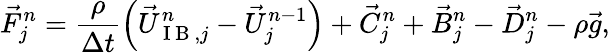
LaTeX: \vec{F}_{j}^{n}=\frac{\rho}{\Delta t}\left(\vec{U}_{\mathrm{~I~B~},j}^{n}-\vec{U}_{j}^{n-1}\right)+\vec{C}_{j}^{n}+\vec{B}_{j}^{n}-\vec{D}_{j}^{n}-\rho\vec{g},